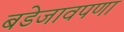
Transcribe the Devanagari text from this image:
बडेजावपणा